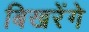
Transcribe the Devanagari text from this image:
बिखरेंगे